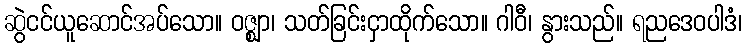
ဆွဲငင်ယူဆောင်အပ်သော။ ဝဇ္ဈာ၊ သတ်ခြင်းငှာထိုက်သော။ ဂါဝီ၊ နွားသည်။ ရညဒေဝပါဒံ၊